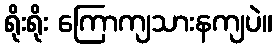
ရိုးရိုး ကြောကျသားနကျပဲ။